NAE_ERA_R-1765_ENSV_Kirjanike_Liit_1945-1955, lk 18
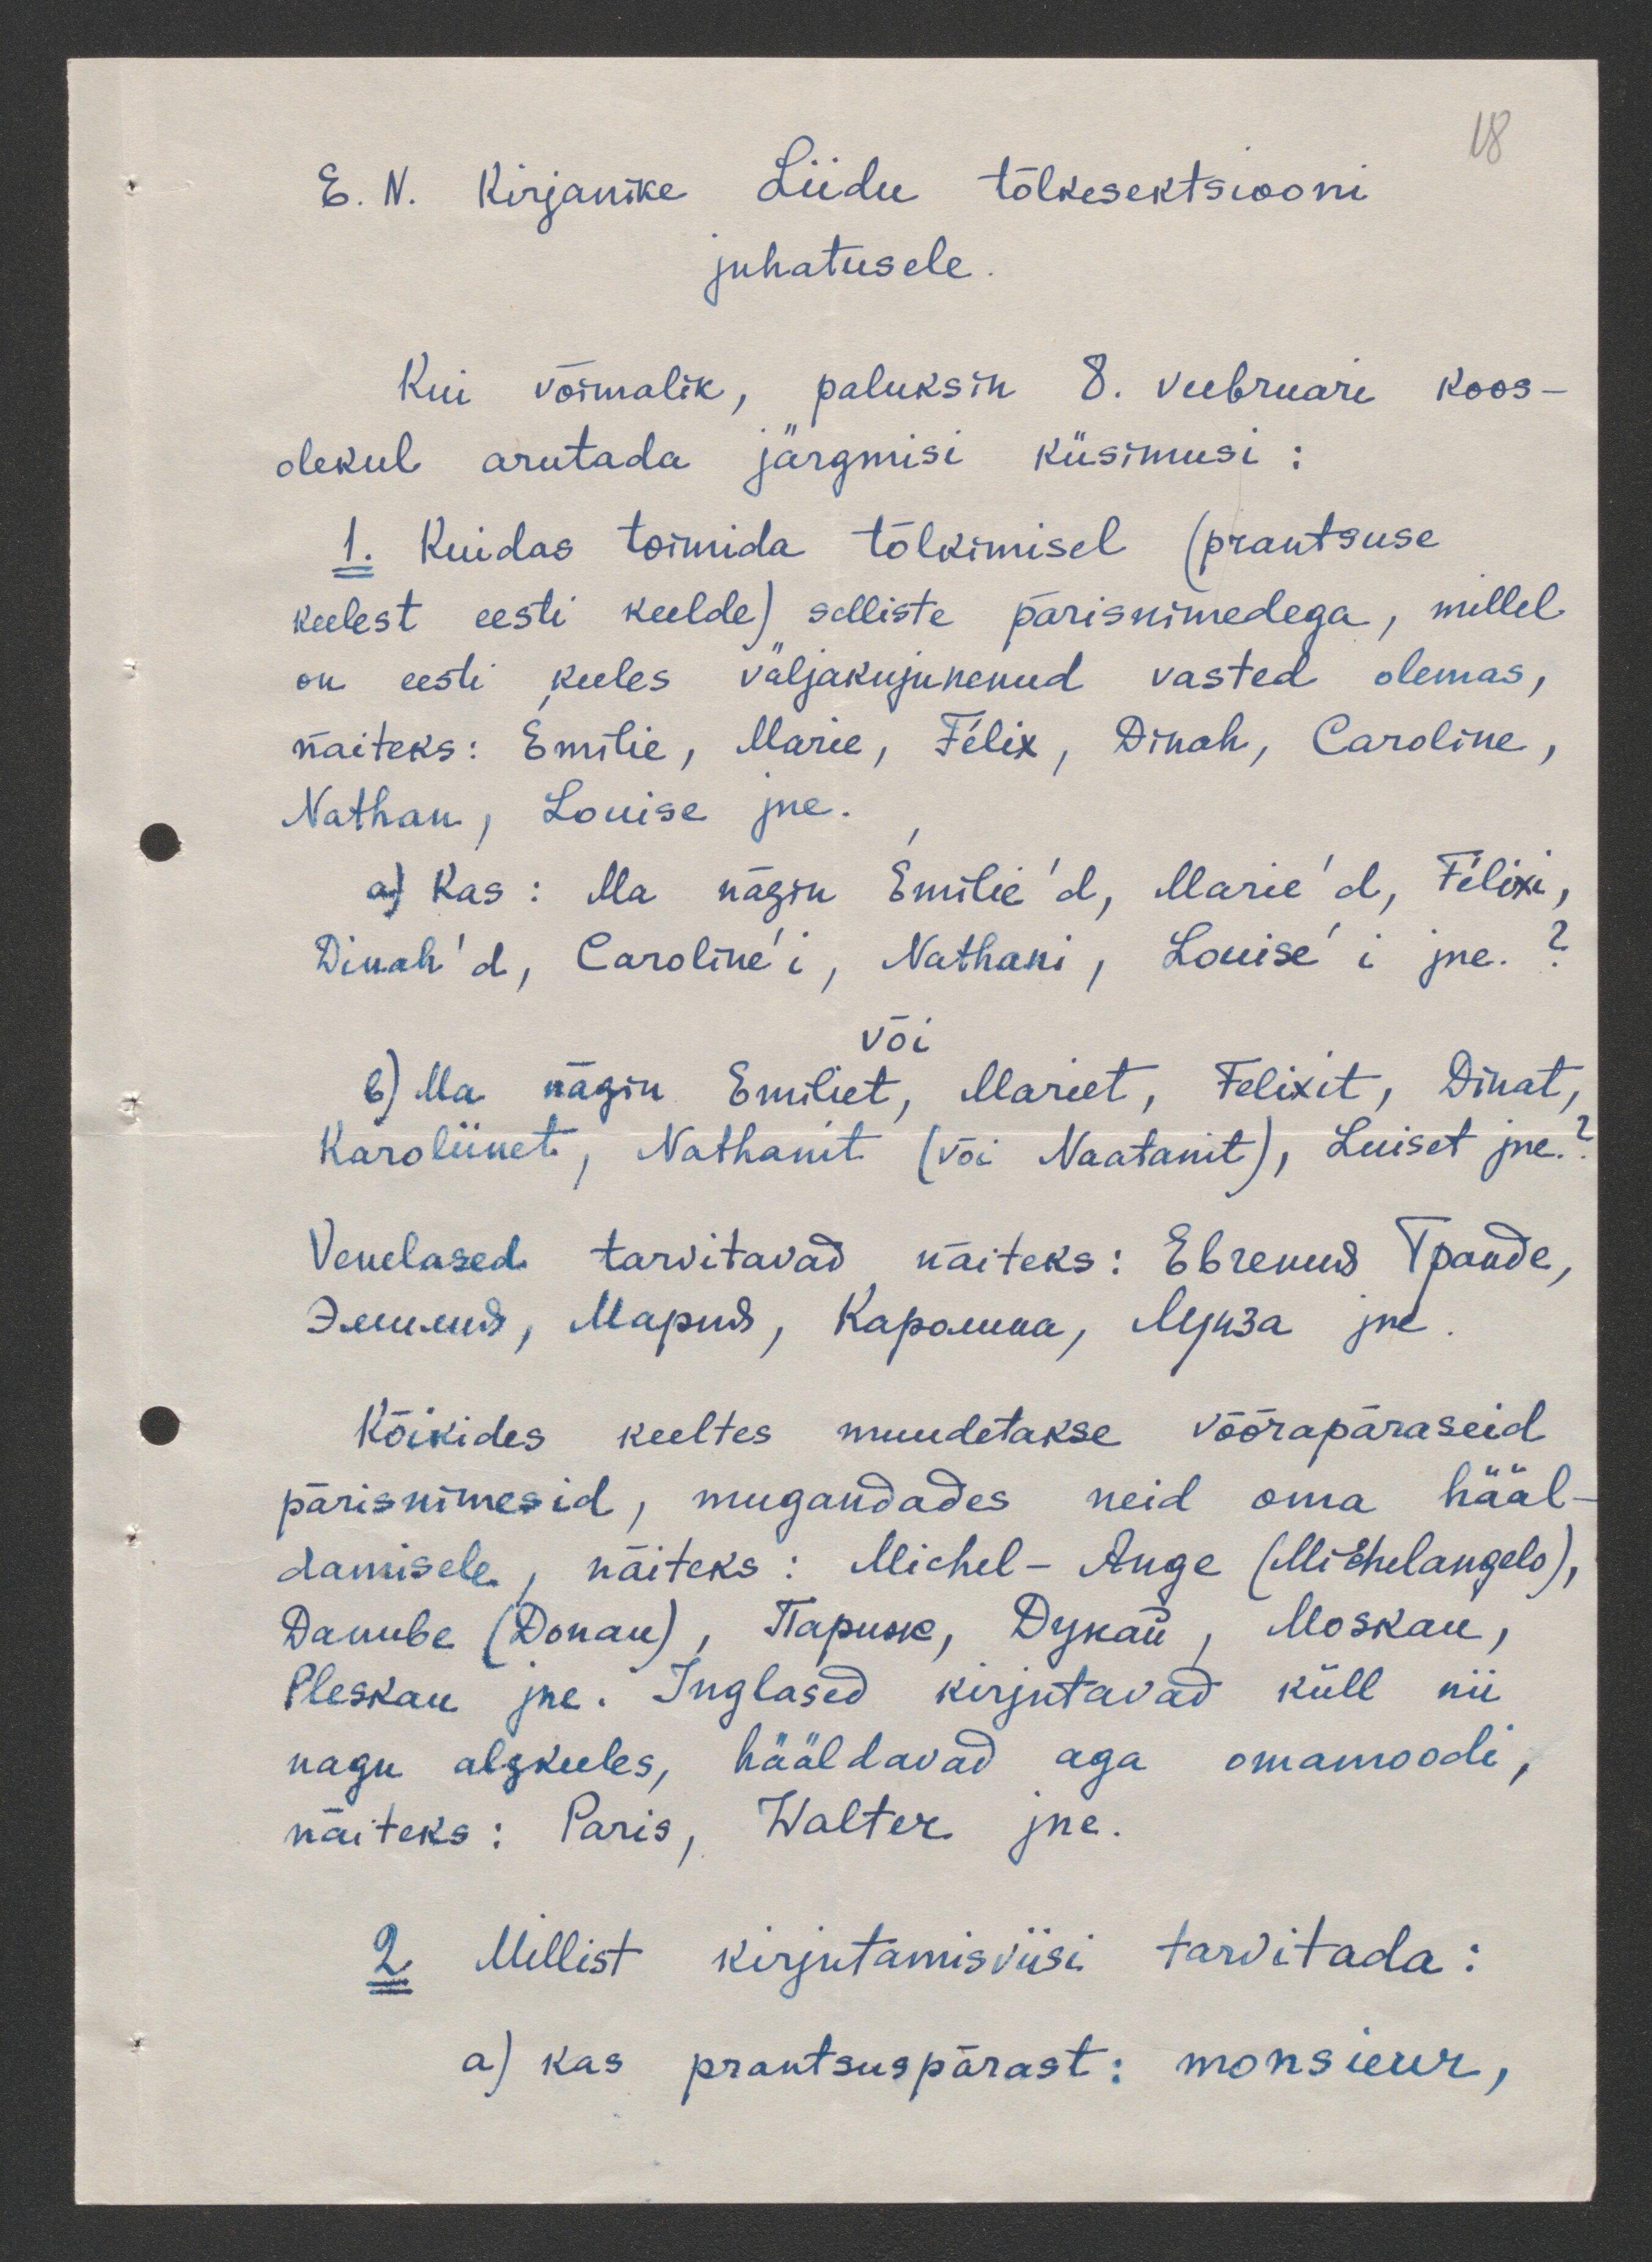
18
E. N. Kirjanike Liidu tõlkesektsiooni
juhatusele.
Kui võimalik, paluksin 8. veebruari koos-
olekul arutada järgmisi küsimusi:
1. Kuidas tormida tõlkimisel (prantsuse
keelest eesti keelde) selliste pärisnimedega, millel
on eesti keeles valjakujunenud vasted olemas,
näiteks: Emilie, Marie, Felix, Dinah, Caroline
Nathan, Louise jne.
a) Kas: Ma nägin Emilie'd, Marie'd, Felixi
Dinah'd, Caroline'i, Nathani, Louise i jne.?
või
b) Ma nägin Emiliet, Mariet, Felixit, Dinat,
Karoliinet, Nathanit (või Naatanit), Luiset jne.
Kõikides keeltes muudetakse võõrapäraseid
pärisnimesid, mugandades neid oma hääl
damisele, näiteks: Michel - Ange (Michelangelo)
Pleskau jne. Inglased kirjutavad küll nii
nagu algkeeles, hääldavad aga omamoodi,
näiteks: Paris, Walter jne.
2. Millist kirjutamisviisi tarvitada:
a) kas prantsuspärast: monsieur,